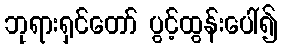
ဘုရားရှင်တော် ပွင့်ထွန်းပေါ်၍